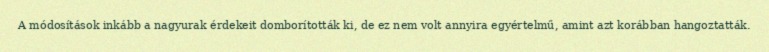
A módosítások inkább a nagyurak érdekeit domborították ki, de ez nem volt annyira egyértelmű, amint azt korábban hangoztatták.